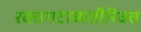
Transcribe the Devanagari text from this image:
रक्तगटाव्यतीरिक्त